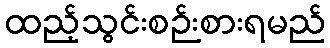
ထည့်သွင်းစဉ်းစားရမည်